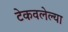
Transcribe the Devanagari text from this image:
टेकवलेल्या